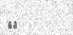
٢٢